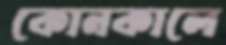
কোনকালে